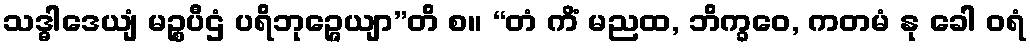
သဒ္ဓါဒေယျံ မဉ္စပီဌံ ပရိဘုဉ္ဇေယျာ”တိ စ။ “တံ ကိံ မညထ, ဘိက္ခဝေ, ကတမံ နု ခေါ ဝရံ